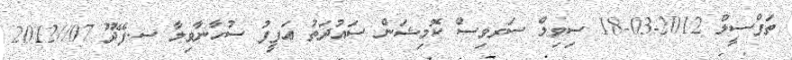
ތަފްސީލް 2012-03-18 ސިވިލް ސަރވިސް ކޮމިޝަން ސައުދަތު ޢަފީފު ސުހާނާވިލާ ސ.ފޭދޫ 07//2012